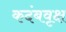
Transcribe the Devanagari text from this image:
कदंबवृक्ष